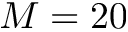
M = 2 0